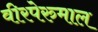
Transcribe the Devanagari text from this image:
वीरपेरुमाल